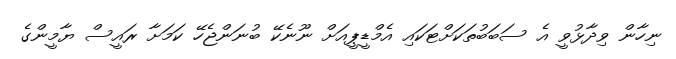
ނިހާން ވިދާޅުވީ އެ ސަބަބުތަކަށްޓަކައި އެމްޑީޕީއަށް ނޫނެކޭ ބުނަންޖެހޭ ކަމަށާ ރައީސް ޔާމީންގެ